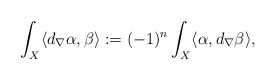
\begin{align*}\int_{X}\langle d_{\nabla}\alpha,\beta\rangle:=(-1)^{n}\int_{X}\langle\alpha,d_{\nabla}\beta\rangle,\end{align*}